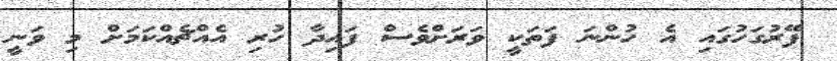
ފޭރުގަހުގައި އެ ހުންނަ ފަތަކީ ވަރަށްވެސް ފައިދާ ހުރި އެއްޗެއްކަމަށް މި ވަނީ